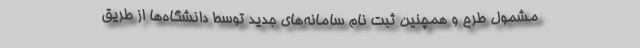
مشمول طرح و همچنین ثبت نام سامانه‌های جدید توسط دانشگاه‌ها از طریق